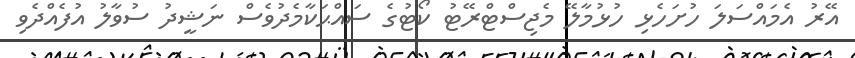
އޭރު އެމައްސަލަ ހުށަހެޅި ހުޅުމާލޭ މެޖިސްޓްރޭޓު ކޯޓުގެ ސައްޙަކާމެދުވެސް ނަޝީދު ސުވާލު އުފެއްދެވި